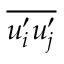
\overline { { u _ { i } ^ { \prime } u _ { j } ^ { \prime } } }